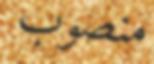
منصوب